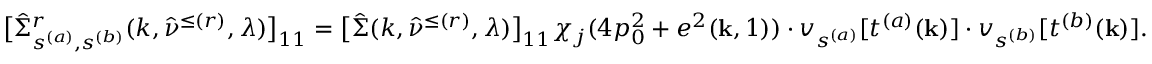
\big [ \hat { \Sigma } _ { s ^ { ( a ) } , s ^ { ( b ) } } ^ { r } ( k , \hat { \nu } ^ { \le ( r ) } , \lambda ) \big ] _ { 1 1 } = \big [ \hat { \Sigma } ( k , \hat { \nu } ^ { \le ( r ) } , \lambda ) \big ] _ { 1 1 } \chi _ { j } ( 4 p _ { 0 } ^ { 2 } + e ^ { 2 } ( { \bf k } , 1 ) ) \cdot v _ { s ^ { ( a ) } } [ t ^ { ( a ) } ( { \bf k } ) ] \cdot v _ { s ^ { ( b ) } } [ t ^ { ( b ) } ( { \bf k } ) ] .